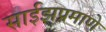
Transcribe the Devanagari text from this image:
साईझप्रमाणे